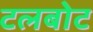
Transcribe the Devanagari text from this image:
टलबोट